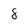
Character: 8